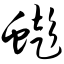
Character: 蟛